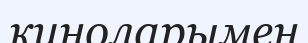
киноларымен